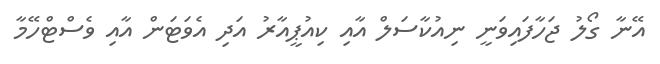
އޭނާ ގޯލު ޖަހާފައިވަނީ ނިއުކާސަލް އާއި ކިއުޕީއާރު އަދި އެވަޓަން އާއި ވެސްޓްހޭމާ